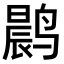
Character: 𫜀